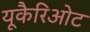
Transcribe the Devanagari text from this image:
यूकैरिओट